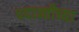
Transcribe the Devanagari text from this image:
पदान्तीच्या